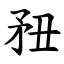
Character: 䂇